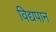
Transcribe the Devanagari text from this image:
विद्यपान